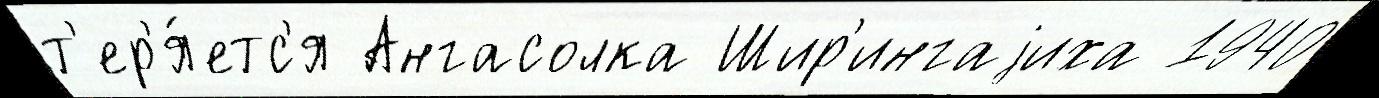
т'ер'я́етс'я Ангасолка Шир'ингаjиха 1940